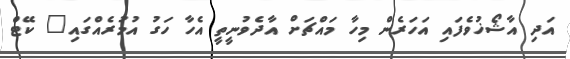
އަދި އާޝޯޚުވެފައި އަހަރެން މިހާ މައްޗަށް އާދެވުނީތީ އެހާ ހަގު އުމުރެއްގައި" ކޭޓް